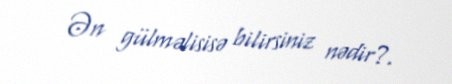
Ən gülməlisisə bilirsiniz nədir?.